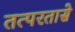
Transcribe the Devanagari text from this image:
तत्परतासे